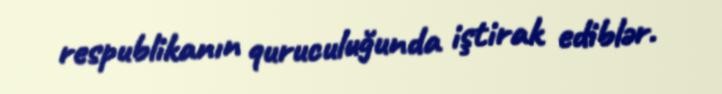
respublikanın quruculuğunda iştirak ediblər.